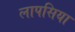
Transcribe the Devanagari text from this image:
लापसिया